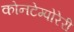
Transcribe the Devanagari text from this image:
कोनटेम्पोरेरी